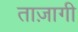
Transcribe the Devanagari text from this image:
ताज़ागी